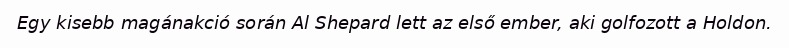
Egy kisebb magánakció során Al Shepard lett az első ember, aki golfozott a Holdon.